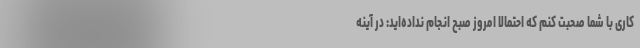
کاری با شما صحبت کنم که احتمالاً امروز صبح انجام نداده‌اید: در آینه